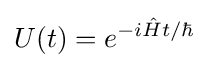
U(t)=e^{-i{\hat {H}}t/\hbar }